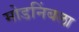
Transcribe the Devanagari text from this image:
मोडनिंबला